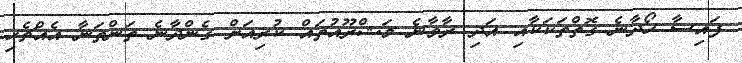
ފައިސާ ހޯދާނެ ގޮތްތަކަކާއި އަދި ރާވާނެ މަޝްރޫއުތައް ކުރިއަށް ގެންދާނެ ތަންތަނާ އެއްޗެހި